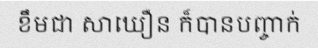
ខឹមជា សាឃឿន ក៏បានបញ្ចាក់